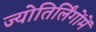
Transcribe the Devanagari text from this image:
ज्योतिर्लिंगोंमें